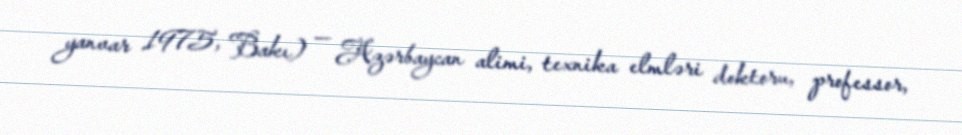
yanvar 1975, Bakı) — Azərbaycan alimi, texnika elmləri doktoru, professor,